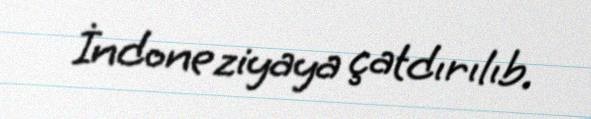
İndoneziyaya çatdırılıb.